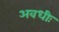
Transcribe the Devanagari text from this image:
अवधीः